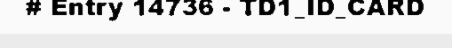
# Entry 14736 - TD1_ID_CARD